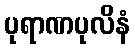
ပုရာဏပုလိနံ